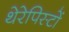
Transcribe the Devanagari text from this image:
थेरेपिस्टों